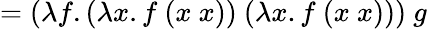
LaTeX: =(\lambda f.(\lambda x.f\ (x\ x))\ (\lambda x.f\ (x\ x)))\ g